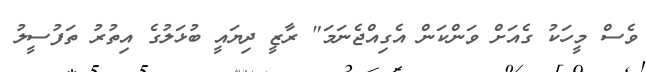
ވެސް މީހަކު ގެއަށް ވަންކަން އެގިއްޖެނަމަ" ރާޒީ ދިޔައީ ބުޅަލުގެ އިތުރު ތަފުސީލު